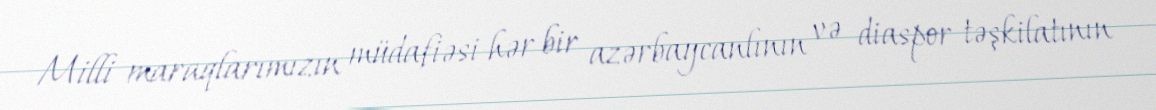
Milli maraqlarımızın müdafiəsi hər bir azərbaycanlının və diaspor təşkilatının